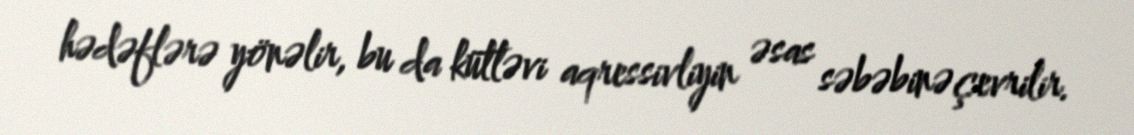
hədəflərə yönəlir, bu da kütləvi aqressivliyin əsas səbəbinə çevrilir.